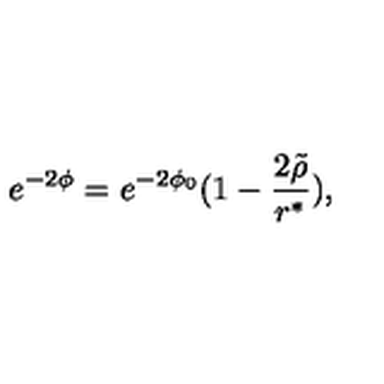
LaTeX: e ^ { - 2 \phi } = e ^ { - 2 \phi _ { 0 } } ( 1 - \frac { 2 \tilde { \rho } } { r ^ { \ast } } ) ,